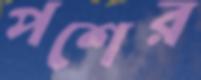
পশের